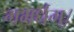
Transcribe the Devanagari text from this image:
गभर्धम्।